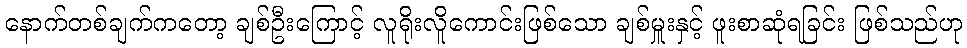
နောက်တစ်ချက်ကတော့ ချစ်ဦးကြောင့် လူရိုးလိူကောင်းဖြစ်သော ချစ်မှူးနှင့် ဖူးစာဆုံရခြင်း ဖြစ်သည်ဟု